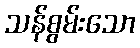
သန်စွမ်းသော